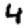
Digit: 4